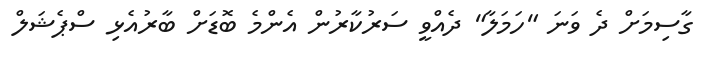
ގާސިމަށް ދެ ވަނަ "ހަމަލާ" ދެއްވީ ސަރުކާރުން އެންމެ ބޮޑަށް ބާރުއެޅި ސްޕެޝަލް